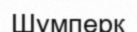
Шумперк